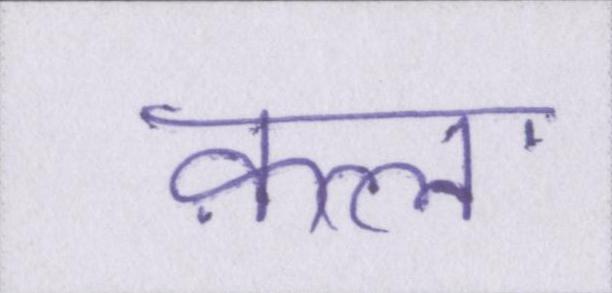
क़त्ल